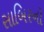
સાબિરનો